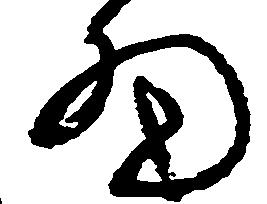
細